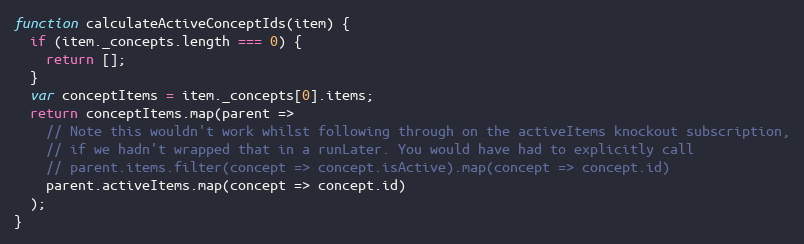
Language: JavaScript
function calculateActiveConceptIds(item) {
  if (item._concepts.length === 0) {
    return [];
  }
  var conceptItems = item._concepts[0].items;
  return conceptItems.map(parent =>
    // Note this wouldn't work whilst following through on the activeItems knockout subscription,
    // if we hadn't wrapped that in a runLater. You would have had to explicitly call
    // parent.items.filter(concept => concept.isActive).map(concept => concept.id)
    parent.activeItems.map(concept => concept.id)
  );
}